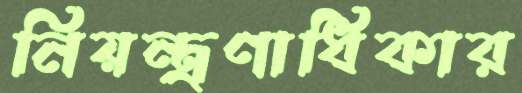
নিয়ন্ত্রণাধিকার